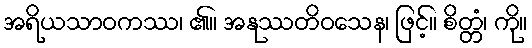
အရိယသာဝကဿ၊ ၏။ အနုဿတိဝသေန၊ ဖြင့်။ စိတ္တံ၊ ကို။